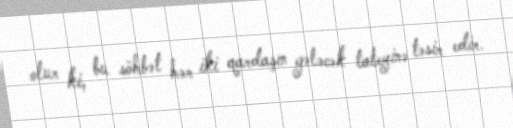
olur ki, bu söhbət hər iki qardaşın gələcək taleyinə təsir edir.